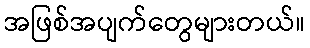
အဖြစ်အပျက်တွေများတယ်။